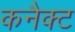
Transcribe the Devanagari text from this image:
कनैक्ट